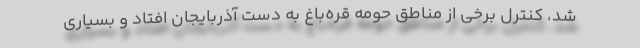
شد، کنترل برخی از مناطق حومه قره‌باغ به دست آذربایجان افتاد و بسیاری